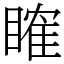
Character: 𥉑